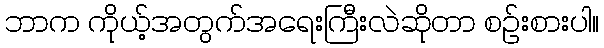
ဘာက ကိုယ့်အတွက်အရေးကြီးလဲဆိုတာ စဉ်းစားပါ။